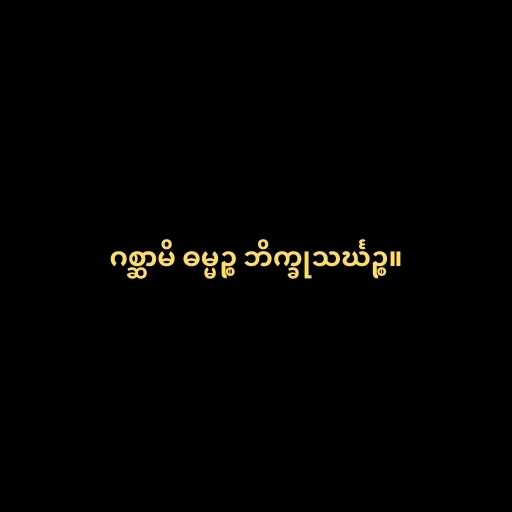
ဂစ္ဆာမိ ဓမ္မဉ္စ ဘိက္ခုသင်္ဃဉ္စ။